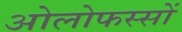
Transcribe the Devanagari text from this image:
ओलोफस्सों